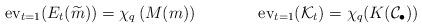
LaTeX: \begin{align*}\mathrm{ev}_{t=1}(E_{t}(\widetilde{m}))&=\chi_q\left(M(m)\right)&\mathrm{ev}_{t=1}(\mathcal{K}_{t})&=\chi_q(K(\mathcal{C}_{\bullet}))\end{align*}